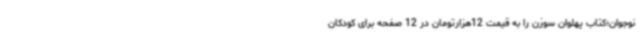
نوجوان؛کتاب پهلوان سوزن را به قیمت 12هزارتومان در 12 صفحه برای کودکان